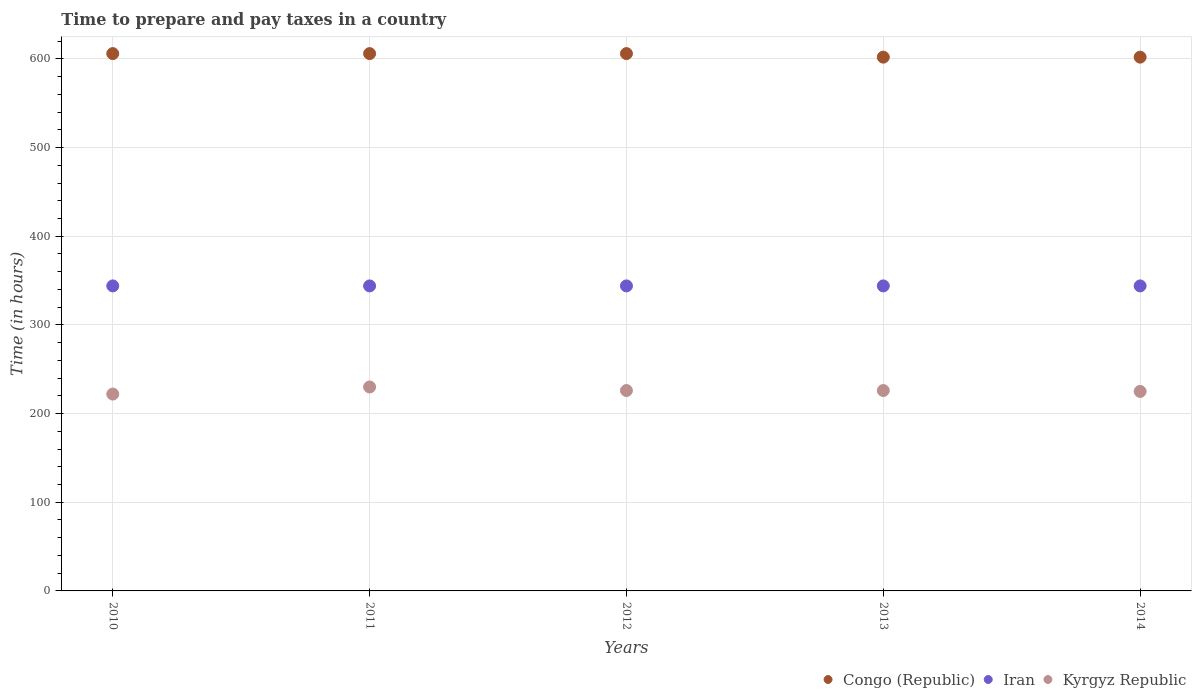
| Years | Congo (Republic) | Iran | Kyrgyz Republic |
 | --- | --- | --- | --- |
 | 2010 | 606 | 344 | 222 |
 | 2011 | 606 | 344 | 230 |
 | 2012 | 606 | 344 | 226 |
 | 2013 | 602 | 344 | 226 |
 | 2014 | 602 | 344 | 225 |